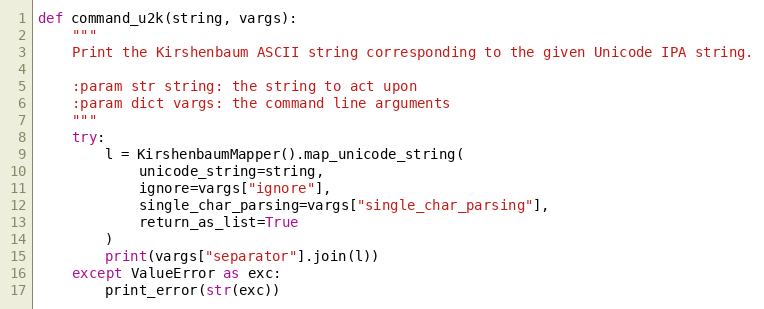
Language: Python
def command_u2k(string, vargs):
    """
    Print the Kirshenbaum ASCII string corresponding to the given Unicode IPA string.

    :param str string: the string to act upon
    :param dict vargs: the command line arguments
    """
    try:
        l = KirshenbaumMapper().map_unicode_string(
            unicode_string=string,
            ignore=vargs["ignore"],
            single_char_parsing=vargs["single_char_parsing"],
            return_as_list=True
        )
        print(vargs["separator"].join(l))
    except ValueError as exc:
        print_error(str(exc))